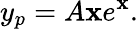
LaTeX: y_{p}=A\mathbf{x}e^{\mathbf{x}}.